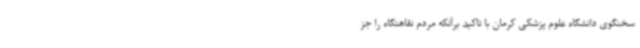
سخنگوی دانشگاه علوم پزشکی کرمان با تاکید برآنکه مردم نقاهتگاه را جز